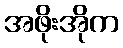
အဖိုးအိုက